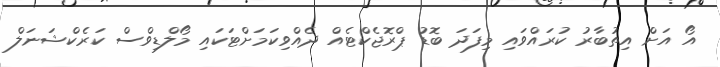
އޯ އަށް އިތުބާރު ކުރައްވައި މިފަދަ ބޮޑު ޕްރޮޖެކްޓެއް ދެއްވިކަމަށްޓަކައި މޯލްޑިވްސް ކަރެކްޝަނަލް